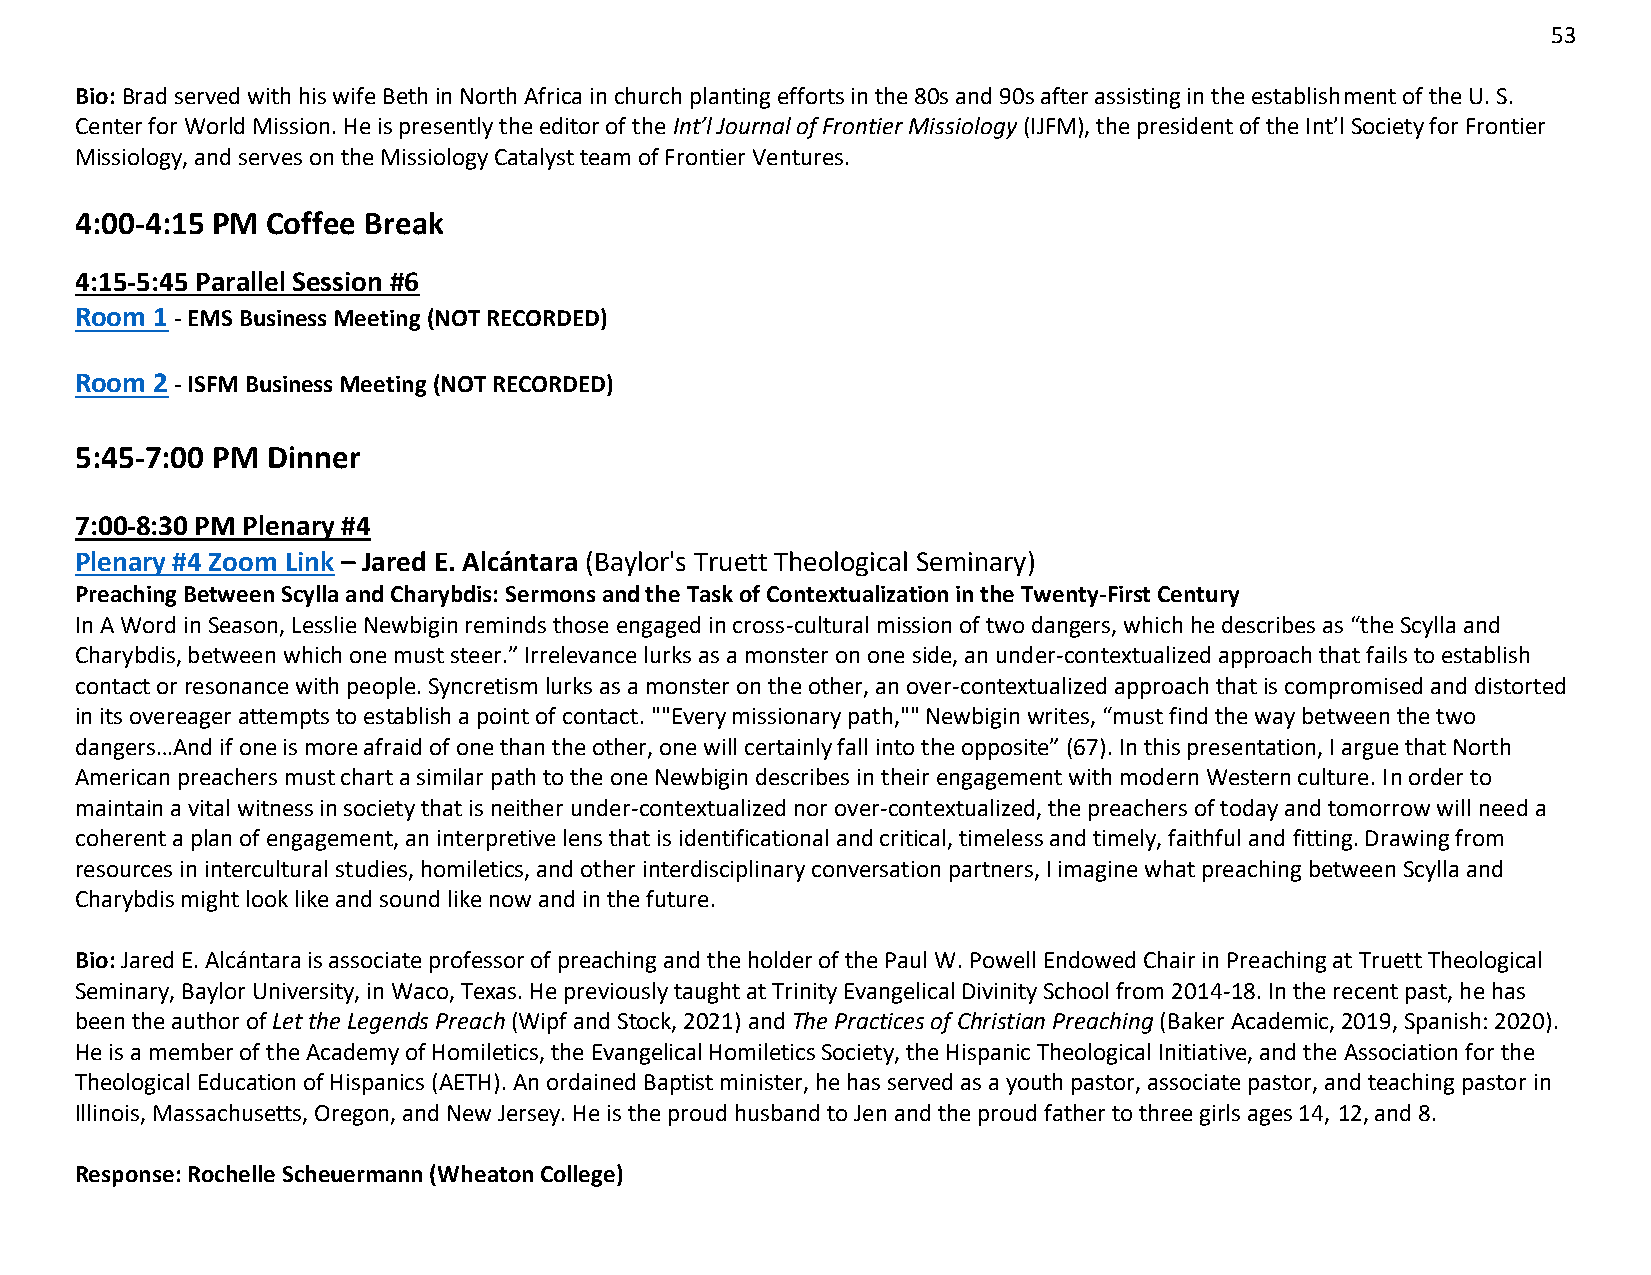
53
 Bio: Brad served with his wife Beth in North Africa in church planting efforts in the 80s and 90s after assisting in the establishment of the U. S.
 Center for World Mission. He is presently the editor of the Int’l Journal of Frontier Missiology (IJFM), the president of the Int’l Society for Frontier
 Missiology, and serves on the Missiology Catalyst team of Frontier Ventures.
 4:00-4:15 PM Coffee Break
 4:15-5:45 Parallel Session #6
 Room 1 - EMS Business Meeting (NOT RECORDED)
 Room 2 - ISFM Business Meeting (NOT RECORDED)
 5:45-7:00 PM Dinner
 7:00-8:30 PM Plenary #4
 Plenary #4 Zoom Link – Jared E. Alcántara (Baylor's Truett Theological Seminary)
 Preaching Between Scylla and Charybdis: Sermons and the Task of Contextualization in the Twenty-First Century
 In A Word in Season, Lesslie Newbigin reminds those engaged in cross-cultural mission of two dangers, which he describes as “the Scylla and
 Charybdis, between which one must steer.” Irrelevance lurks as a monster on one side, an under-contextualized approach that fails to establish
 contact or resonance with people. Syncretism lurks as a monster on the other, an over-contextualized approach that is compromised and distorted
 in its overeager attempts to establish a point of contact. ""Every missionary path,"" Newbigin writes, “must find the way between the two
 dangers…And if one is more afraid of one than the other, one will certainly fall into the opposite” (67). In this presentation, I argue that North
 American preachers must chart a similar path to the one Newbigin describes in their engagement with modern Western culture. In order to
 maintain a vital witness in society that is neither under-contextualized nor over-contextualized, the preachers of today and tomorrow will need a
 coherent a plan of engagement, an interpretive lens that is identificational and critical, timeless and timely, faithful and fitting. Drawing from
 resources in intercultural studies, homiletics, and other interdisciplinary conversation partners, I imagine what preaching between Scylla and
 Charybdis might look like and sound like now and in the future.
 Bio: Jared E. Alcántara is associate professor of preaching and the holder of the Paul W. Powell Endowed Chair in Preaching at Truett Theological
 Seminary, Baylor University, in Waco, Texas. He previously taught at Trinity Evangelical Divinity School from 2014-18. In the recent past, he has
 been the author of Let the Legends Preach (Wipf and Stock, 2021) and The Practices of Christian Preaching (Baker Academic, 2019, Spanish: 2020).
 He is a member of the Academy of Homiletics, the Evangelical Homiletics Society, the Hispanic Theological Initiative, and the Association for the
 Theological Education of Hispanics (AETH). An ordained Baptist minister, he has served as a youth pastor, associate pastor, and teaching pastor in
 Illinois, Massachusetts, Oregon, and New Jersey. He is the proud husband to Jen and the proud father to three girls ages 14, 12, and 8.
 Response: Rochelle Scheuermann (Wheaton College)